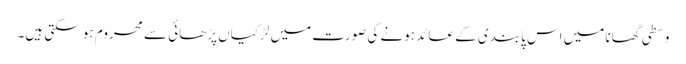
وسطی گھانا میں اس پابندی کے عائد ہونے کی صورت میں لڑکیاں پڑھائی سے محروم ہو سکتی ہیں۔